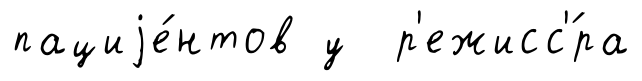
пациjе́нтов у р'ежисс'́ра